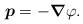
LaTeX: \begin{align*}\mbox{\boldmath $p$} = - \mbox{\boldmath $\nabla$} \varphi.\end{align*}